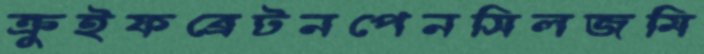
ক্রুইফব্রেটনপেনসিলজমি